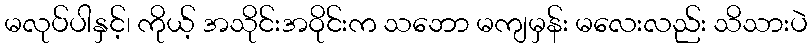
မလုပ်ပါနှင့်၊ ကိုယ့် အသိုင်းအဝိုင်းက သဘော မကျမှန်း မလေးလည်း သိသားပဲ